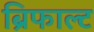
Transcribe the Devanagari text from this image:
ब्रिफाल्ट